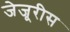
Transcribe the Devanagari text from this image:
जेजूरीस